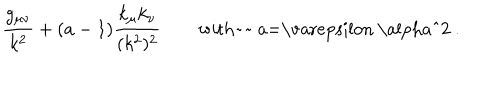
LaTeX: { \frac { g _ { \mu \nu } } { k ^ { 2 } } } + ( a - 1 ) { \frac { k _ { \mu } k _ { \nu } } { ( k ^ { 2 } ) ^ { 2 } } } \quad \quad \mathrm { w i t h a = \ v a r e p s i l o n ~ \ a l p h a ^ { 2 } ~ . }